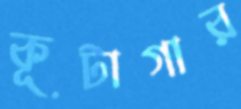
কূটাগার